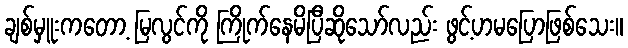
ချစ်မှူးကတော့ မြလွင်ကို ကြိုက်နေမိပြီဆိုသော်လည်း ဖွင့်ဟမပြောဖြစ်သေး။